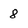
Character: 8